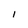
Character: l